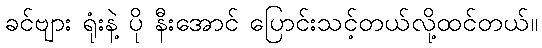
ခင်ဗျား ရုံးနဲ့ ပို နီးအောင် ပြောင်းသင့်တယ်လို့ထင်တယ်။